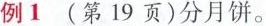
例1(第19页)分月饼。